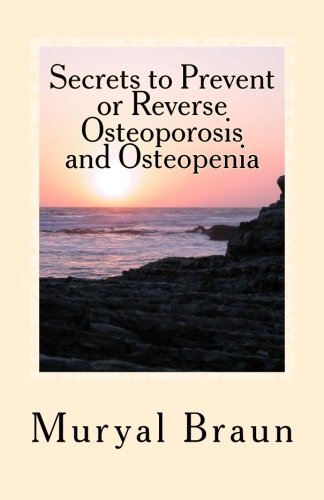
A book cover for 7 Secrets to Prevent or REVERSE Osteoporosis and Osteopenia: How I Reversed Osteoporosis Naturally Without Drugs And How You Can Too!.; Muryal A. Braun; Health, Fitness & Dieting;